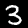
Digit: 3